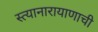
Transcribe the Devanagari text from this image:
स्त्यानारायाणाची